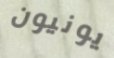
يونيون